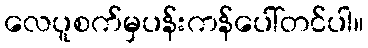
လေပူစက်မှပန်းကန်ပေါ်တင်ပါ။